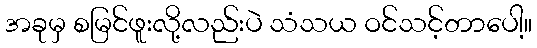
အခုမှ စမြင်ဖူးလို့လည်းပဲ သံသယ ဝင်သင့်တာပေါ့။